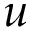
u